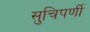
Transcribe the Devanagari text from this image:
सुचिपर्णी